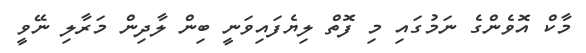
މާކް އޮވެންގެ ނަމުގައި މި ފޮތް ލިޔެފައިވަނީ ބިން ލާދިން މަރާލި ނޭވީ